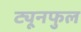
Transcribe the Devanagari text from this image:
ट्यूनफुल